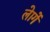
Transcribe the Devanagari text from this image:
लेागें